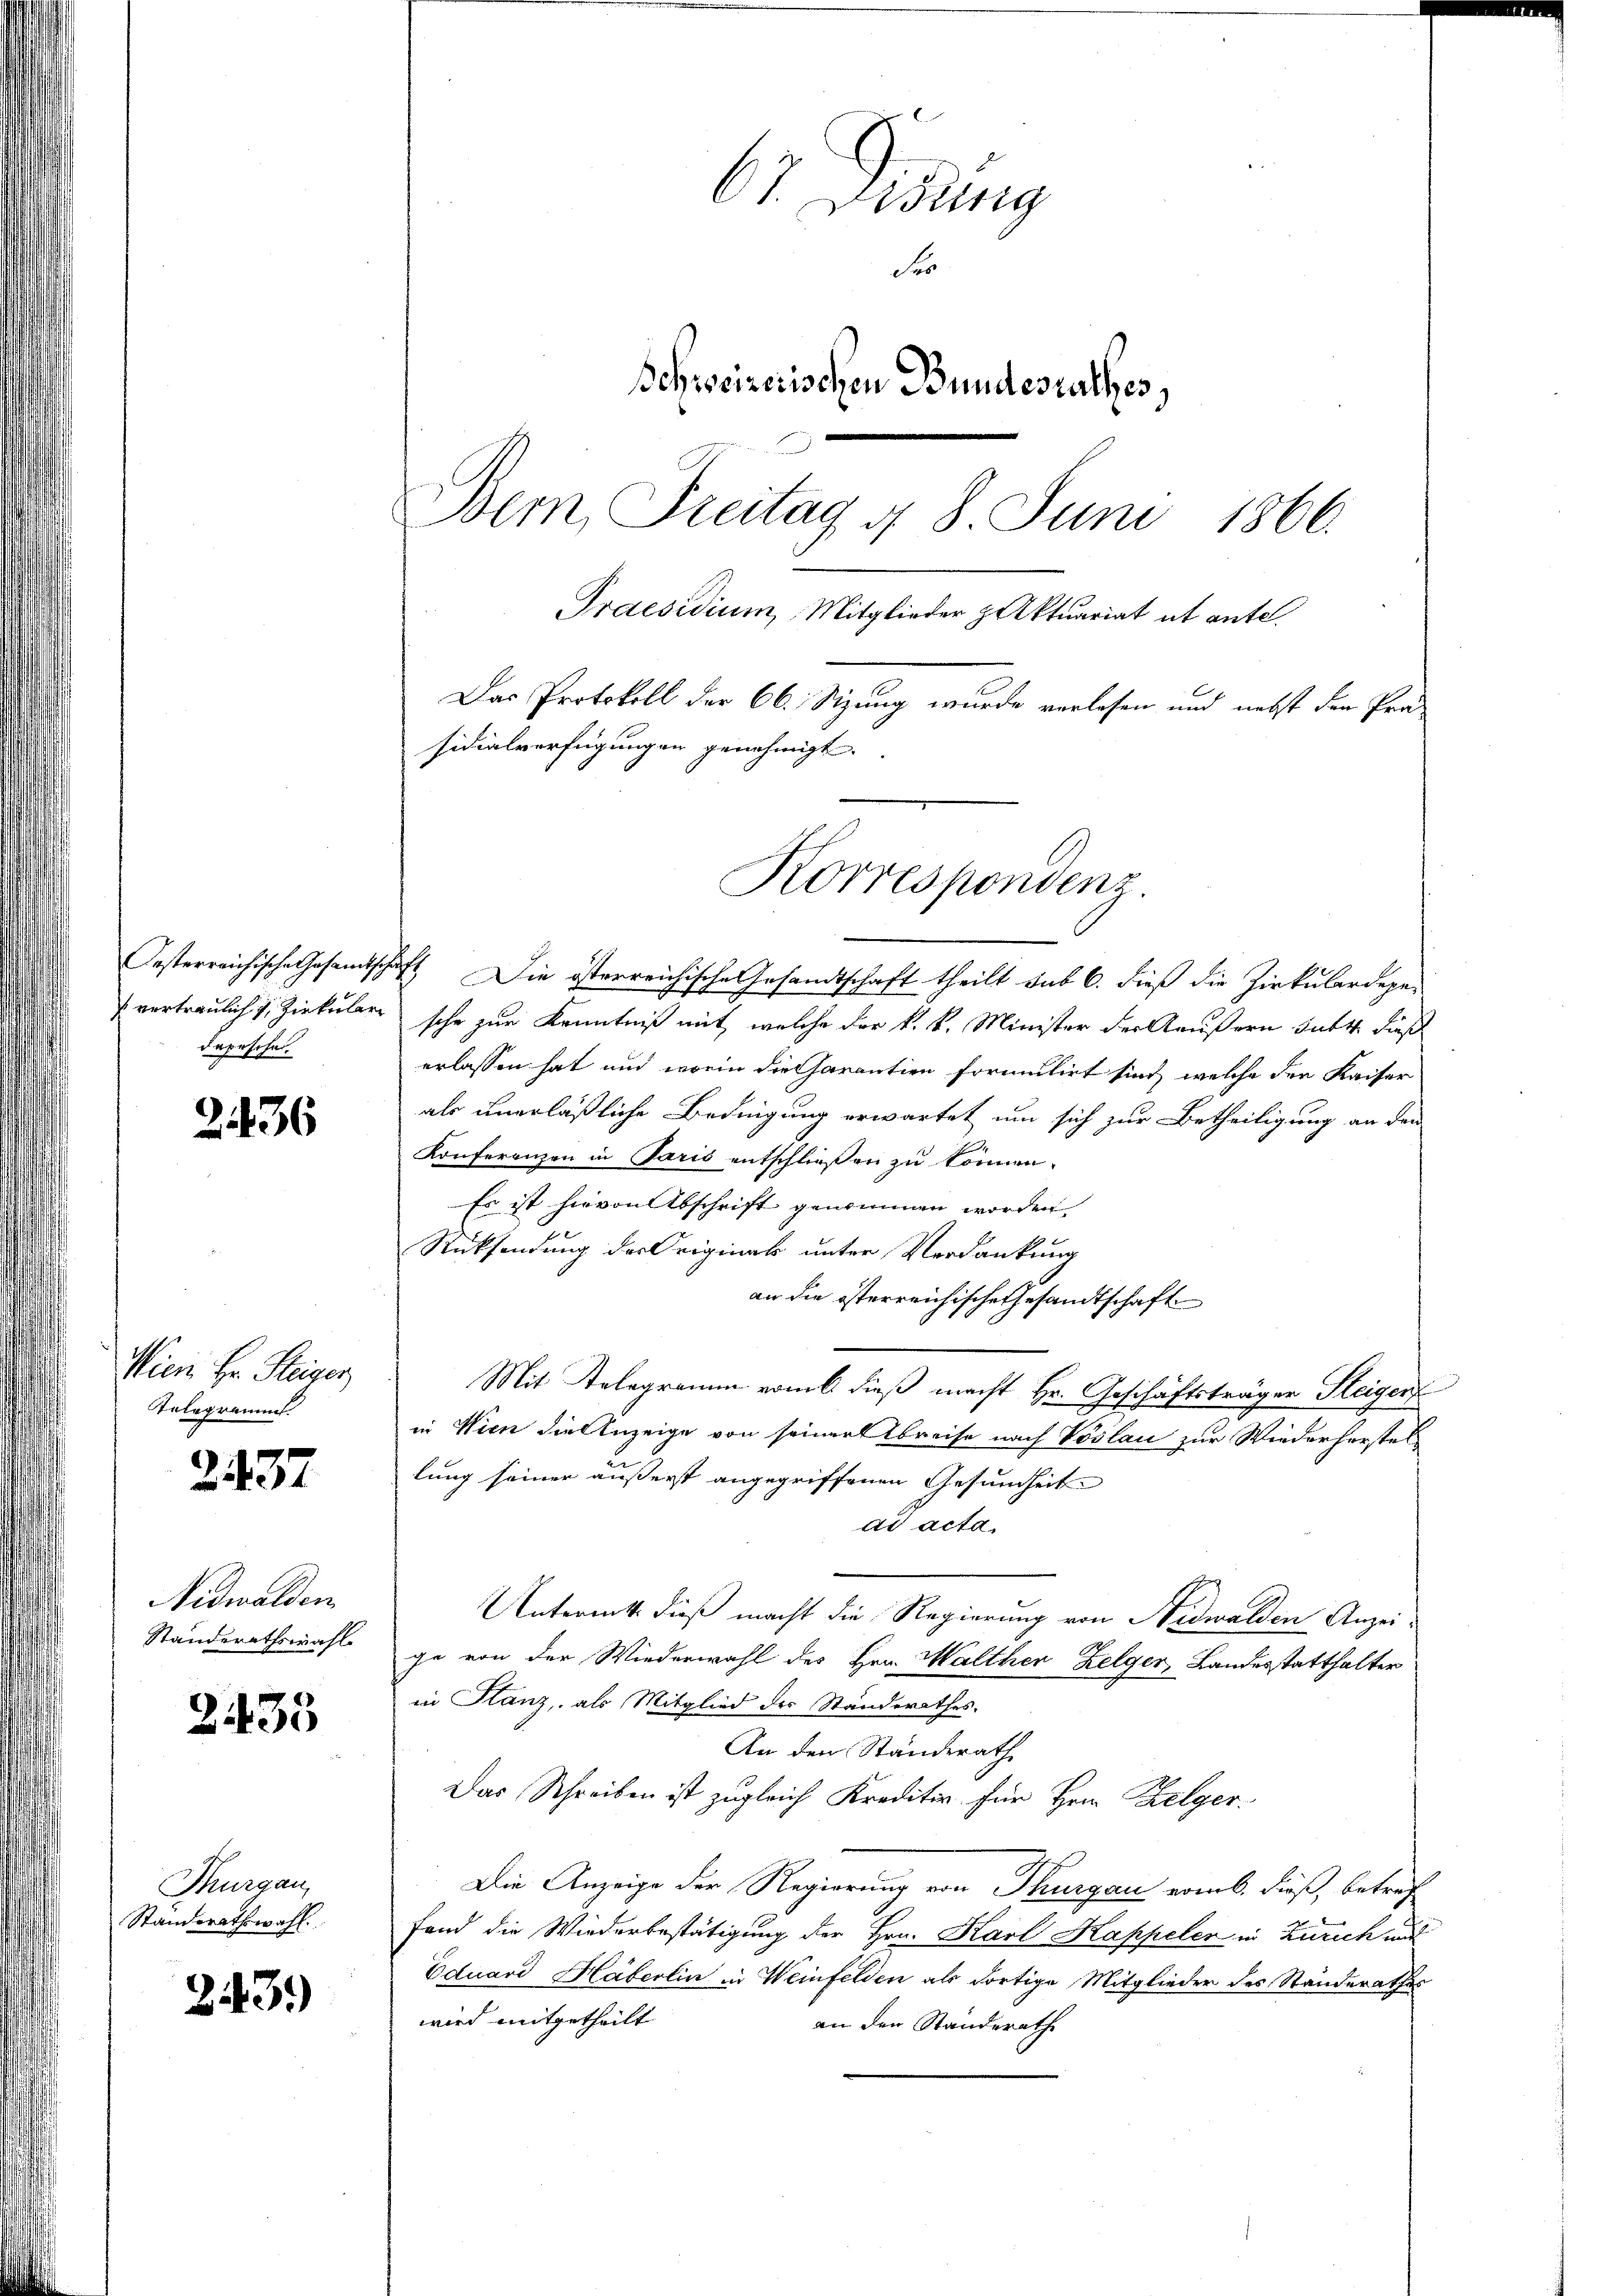
Oesterreichische Gesamtsche
 vertraulich u. Zirkular
dapesche.

2436

Wiei Hr. Steiger
Telegrammt

2437

Nidwalden
Standerathswahl

Z433

Thurgau,
Standerathswahl.

243)

Ct. Visung
S
Schweizerischen Bundesrathes,
Bern, Freitag d. 8. Juni 1866.
Praesidium, Mitglieder Aktuariat et ante.
Das Protokoll der 66. Sizung wurde verlesen und nebst den Prä-
sidialverfügungen genehmigt.

Korrespondenz

Es Die österreichische Gesandtschaft theilt sub 6. dieß die Zirkulardege-
sche zur Kenntniß mit, welche der k. k. Minister der Aeußern subt dies
erlassen hat und worin die Carantien formulirt sind, welche der Kaiser
als unerläßliche Bedingung erwartet um sich zur Betheiligung an dem
Konferenzen in Paris entschließen zu können.
Es ist hievon Abschrift genommen worden.
Rücksendung der Original unter Verdankung
an die österreichische Gesandtschaft
Mit Telegramm vom 6 dieß macht Hr. Geschäftsträger Steiger
in Wien die Anzeige von seiner Abreise nach Voslau zur Wiederherstel
lung seiner äußerst angegriffenen Gesundheit
ad acta.
Untermitt dieß macht die Regierung von Nidwalden Anzei-
ge von der Wiederwahl des Hrn. Walther Zelger, Landesstatthalter
in Glanz, als Mitglied der Standerathes.
An den Ständerath
Das Schreiben ist zugleich Kreditiv für Hrrn Zelger
Die Anzeige der Regierung von Thurgau ermb. dieß, betref
fand die Wiederbestätigung der Hrn. Karl Kappeler in Zürich un
Eduard Häberlin in Weinfelden als dortige Mitglieder des Standerathes
wird mitgetheilt
an den Standerathe